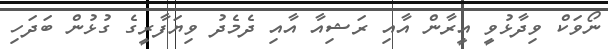
ނޯވަކް ވިދާޅުވީ އީރާން އާއި ރަޝިއާ އާއި ދެމެދު ވިޔަފާރީގެ ގުޅުން ބަދަހި